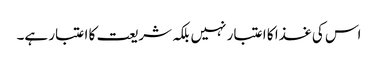
اس کی غذا کا اعتبار نہیں بلکہ شریعت کا اعتبار ہے۔